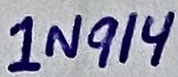
Text: 1N914